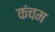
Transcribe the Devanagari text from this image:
कंचम